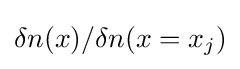
\delta n(x)/\delta n(x=x_{j})